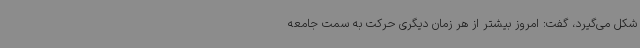
شکل می‌گیرد، گفت: امروز بیشتر از هر زمان دیگری حرکت به سمت جامعه